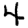
Digit: 4